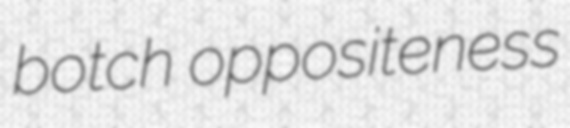
botch oppositeness